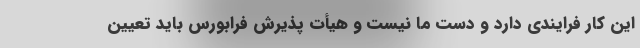
این کار فرایندی دارد و دست ما نیست و هیأت پذیرش فرابورس باید تعیین